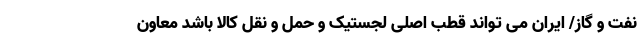
نفت و گاز/ ایران می تواند قطب اصلی لجستیک و حمل و نقل کالا باشد معاون